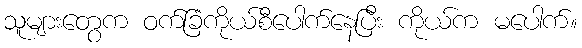
သူများတွေက ဝက်ခြံကိုယ်စီပေါက်နေပြီး ကိုယ်က မပေါက်။